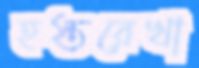
হস্তরেখা